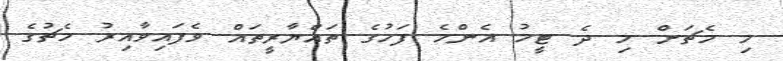
މި މެޗަށް މި ދެ ޓީމު އެންމެ ފަހުގެ ތައްޔާރީތައް ވެފައިވާއިރު މެޗުގެ